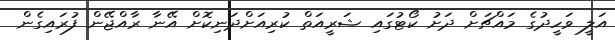
އަލީ ވަހީދުގެ މައްޗަށް ދަށު ކޯޓުގައި ޝަރީއަތް ކުރިއަށްދަނިކޮށް އޭނާ ރާއްޖޭން ފުރައިގެން